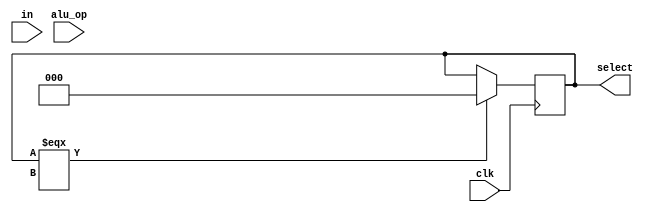
module ALU_CTRL(clk,in, alu_op, select);
input clk;
input [5:0]in;
input [2:0] alu_op;
output [2:0] select;
reg [2:0] select;


always @(posedge clk)
begin
 if(alu_op==0)
 begin
case(in)

6'h20: begin
 	select <= 3'd0;
       end
6'h22: begin
 	select <= 3'd1;
       end
6'h24: begin
 	select <= 3'd2;
       end
6'h25: begin
 	select <= 3'd3;
       end
6'h0: begin
 	select <= 3'd4;
       end
6'h2: begin
 	select <= 3'd5;
       end
6'h2A: begin
 	select <= 3'd6;
       end
endcase
end
else begin
case(alu_op)
3'd0:  begin
select <= 3'd0;
       end
3'd1:  begin
select <= 3'd0;
       end
3'd2: begin
select <= 3'd2;
       end
3'd3: begin
select <= 3'd3;
       end

endcase

 end
 if(select ===3'bXXX)
    select =3'b000;
end
// else
// select <= alu_op;
// end

endmodule